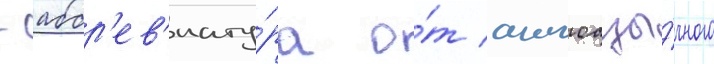
- аббр'ев'иату́ра о́т англоазы́чного